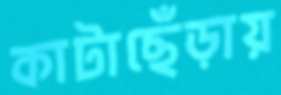
কাটাছেঁড়ায়